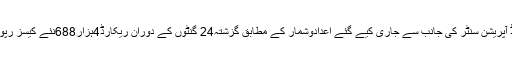
نیشنل کمانڈ اینڈ آپریشن سنٹر کی جانب سے جاری کیے گئے اعدادوشمار کے مطابق گزشتہ24 گنٹوں کے دوران ریکارڈ4ہزار688نئے کیسز رپورٹ ہوئے ہیں۔